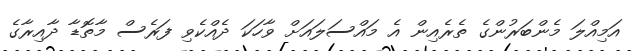
އަމިއްލަ މެންބަރުންގެ ތެރެއިން އެ މައްސަލައަށް ވާހަކަ ދެއްކެވި ފަރެސް މާތޮޑާ ދާއިރާގެ